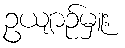
ဥယျာဉ်မှူး